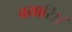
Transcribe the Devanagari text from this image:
बयारि।।